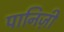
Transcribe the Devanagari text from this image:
पानिज़ी